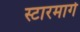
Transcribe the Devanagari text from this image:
स्टारमार्ग